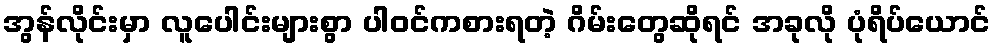
အွန်လိုင်းမှာ လူပေါင်းများစွာ ပါဝင်ကစားရတဲ့ ဂိမ်းတွေဆိုရင် အခုလို ပုံရိပ်ယောင်